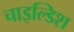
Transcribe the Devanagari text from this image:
चाइल्डिश